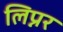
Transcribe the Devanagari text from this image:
लिप्नर